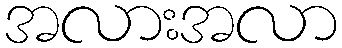
အလားအလာ